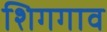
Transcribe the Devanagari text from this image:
शिगगाव